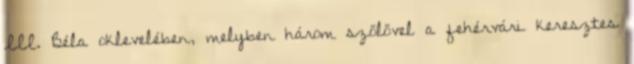
III. Béla oklevelében, melyben három szőlővel a fehérvári keresztes